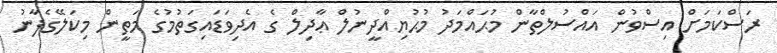
ރަސްކަމަށް އިސްވުން އައްސުލްތާން މުޙައްމަދު މުޙުޔިއްދީނުލް ޢާދިލް ގެ އެދިވަޑައިގަތުމުގެ މަތީން މިކަލޭގެފާނު